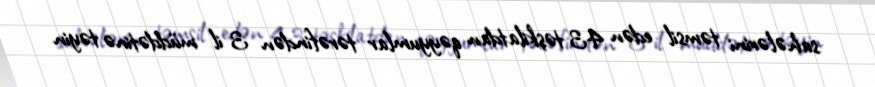
sahələrini təmsil edən 43 təşkilatdan qəyyumlar tərəfindən 3 il müddətinə təyin